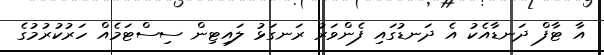
އާ ޓާފް ދަނޑާއެކު އެ ދަނޑުގައި ފެންވަރު ރަނގަޅު ލައިޓިން ސިސްޓަމެއް ހަރުކުރުމުގެ